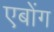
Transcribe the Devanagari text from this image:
एबोंग